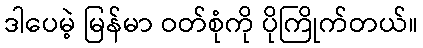
ဒါပေမဲ့ မြန်မာ ဝတ်စုံကို ပိုကြိုက်တယ်။